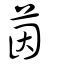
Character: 茵